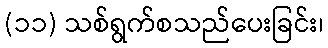
(၁၁) သစ်ရွက်စသည်ပေးခြင်း၊